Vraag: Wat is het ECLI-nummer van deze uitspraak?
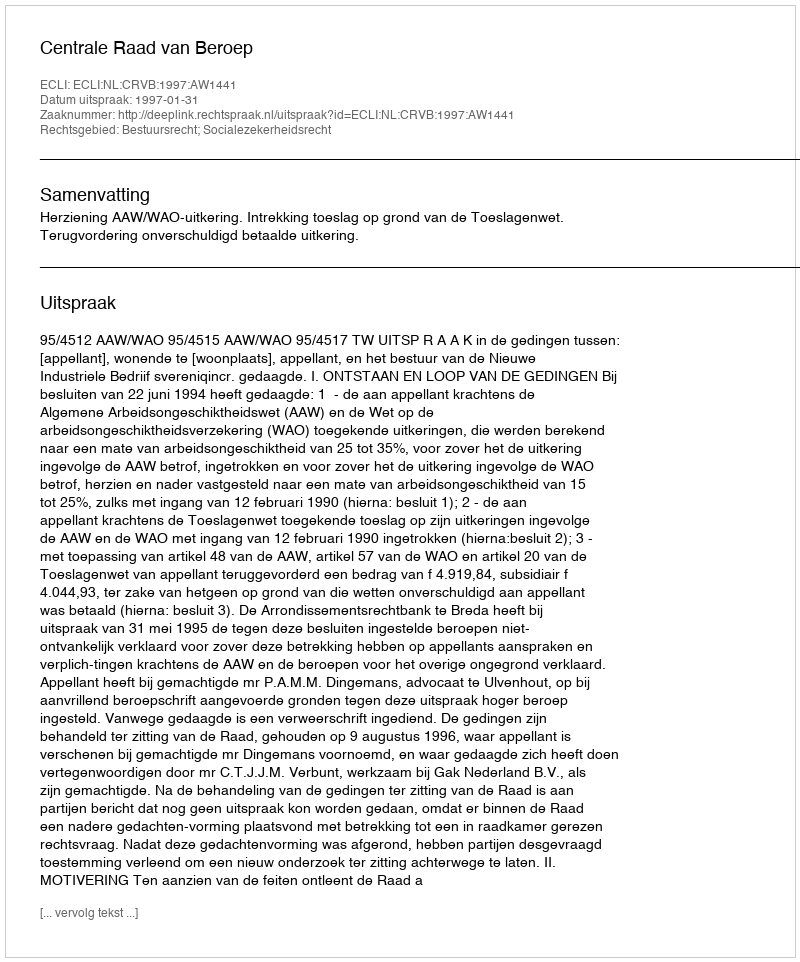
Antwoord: ECLI:NL:CRVB:1997:AW1441